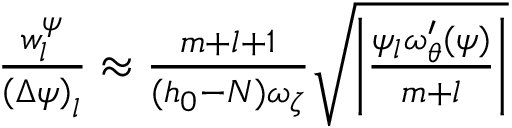
\begin{array} { r } { \frac { w _ { l } ^ { \psi } } { \left( \Delta \psi \right) _ { l } } \approx \frac { m + l + 1 } { ( h _ { 0 } - N ) \omega _ { \zeta } } \sqrt { \left| \frac { \psi _ { l } \omega _ { \theta } ^ { \prime } ( \psi ) } { m + l } \right| } } \end{array}